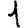
Digit: 1